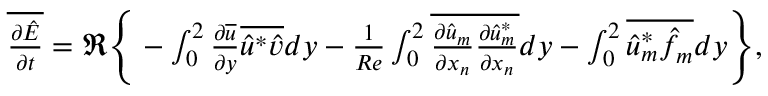
\begin{array} { r } { \overline { { \frac { \partial \hat { E } } { \partial t } } } = \Re \Bigg \{ - \int _ { 0 } ^ { 2 } \frac { \partial \overline { { u } } } { \partial y } \overline { { \hat { u } ^ { * } \hat { v } } } d y - \frac { 1 } { R e } \int _ { 0 } ^ { 2 } \overline { { \frac { \partial \hat { u } _ { m } } { \partial x _ { n } } \frac { \partial \hat { u } _ { m } ^ { * } } { \partial x _ { n } } } } d y - \int _ { 0 } ^ { 2 } \overline { { \hat { u } _ { m } ^ { * } \hat { f } _ { m } } } d y \Bigg \} , } \end{array}